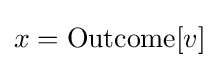
x={\text{Outcome}}[v]